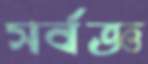
সর্বজ্ঞ